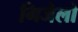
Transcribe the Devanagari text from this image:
गिजेलो